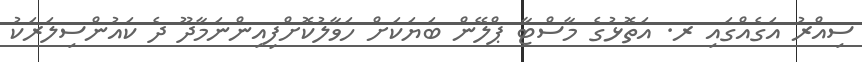
ސިއްރު އަގެއްގައި ރ. އަތޮޅުގެ މާސްޓާ ޕްލޭން ބަޔަކަށް ހަވާލުކޮށްފިއިންނަމާދޫ ދެ ކައުންސިލަރަކު